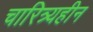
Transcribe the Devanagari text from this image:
चारित्र्यहीन